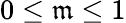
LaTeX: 0\leq\mathfrak{m}\leq1